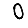
Digit: 0